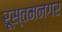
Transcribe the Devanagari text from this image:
रूस्तमनगर